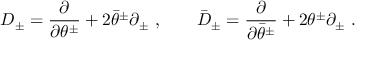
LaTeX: D _ { \pm } = \frac { \partial } { \partial \theta ^ { \pm } } + 2 \bar { \theta } ^ { \pm } \partial _ { \pm } \ , \qquad \bar { D } _ { \pm } = \frac { \partial } { \partial \bar { \theta } ^ { \pm } } + 2 { \theta } ^ { \pm } \partial _ { \pm } \ .